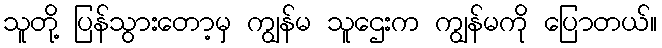
သူတို့ ပြန်သွားတော့မှ ကျွန်မ သူဌေးက ကျွန်မကို ပြောတယ်။